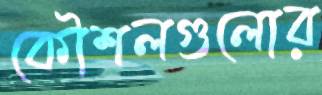
কৌশলগুলোর